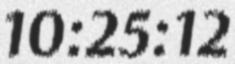
10:25:12